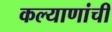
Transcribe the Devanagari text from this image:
कल्याणांची